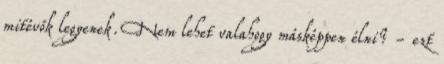
mitévők legyenek. Nem lehet valahogy másképpen élni? - ezt